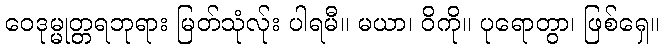
ဝေဒုမ္မုတ္တရဘုရား မြတ်သုံလ်ုး ပါရမီ။ မယာ၊ ဝိကို။ ပုရောတွာ၊ ဖြစ်ရှေ။